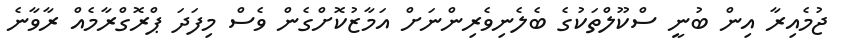
ޖުމެއިރާ އިން ބުނީ ސްކޫލްތަކުގެ ބެލެނިވެރިންނަށް އަމާޒުކޮށްގެން ވެސް މިފަދަ ޕްރޮގްރާމެއް ރާވާނެ